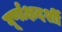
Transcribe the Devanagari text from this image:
घूर्णाक्षदर्शी